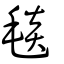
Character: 毯